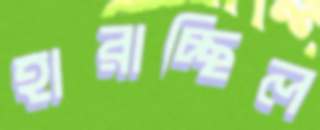
হারাচ্ছিল